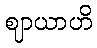
ဈာယာဟိ